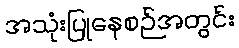
အသုံးပြုနေစဉ်အတွင်း